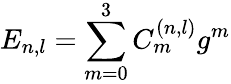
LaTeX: E_{n,l}=\sum_{m=0}^{3}C_{m}^{\left(n,l\right)}g^{m}